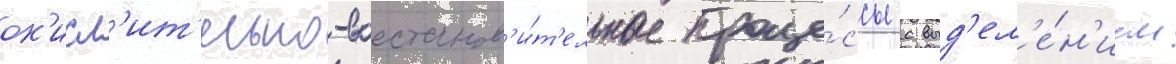
ок'исл'ит'ельно-восстанов'и́т'ельные проце́ссы с выд'ел'е́н'ием